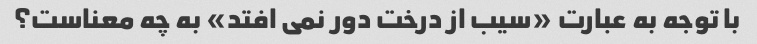
با توجه به عبارت «سیب از درخت دور نمی افتد» به چه معناست؟